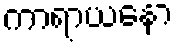
ကာရာယနော